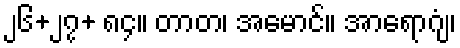
၂၆+၂၇+ ၈၄။ တာတ၊ အမောင်။ အာရောဂျံ၊